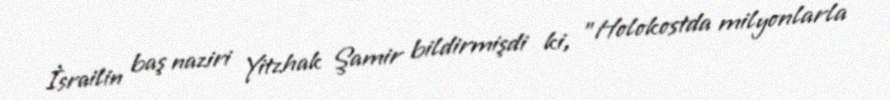
İsrailin baş naziri Yitzhak Şamir bildirmişdi ki, "Holokostda milyonlarla